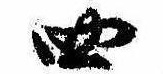
四